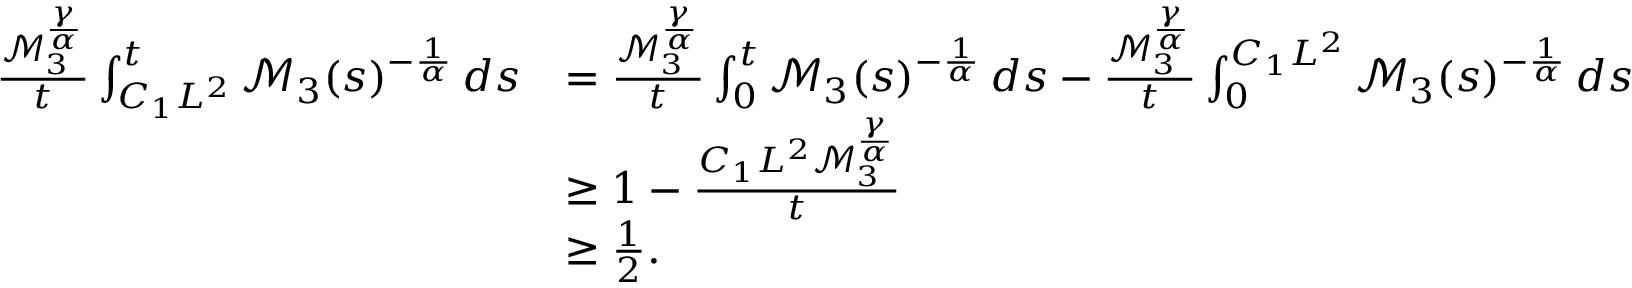
\begin{array} { r l } { \frac { \mathscr { M } _ { 3 } ^ { \frac { \gamma } { \alpha } } } { t } \int _ { C _ { 1 } L ^ { 2 } } ^ { t } \mathcal { M } _ { 3 } ( s ) ^ { - \frac { 1 } { \alpha } } \, d s } & { = \frac { \mathscr { M } _ { 3 } ^ { \frac { \gamma } { \alpha } } } { t } \int _ { 0 } ^ { t } \mathcal { M } _ { 3 } ( s ) ^ { - \frac { 1 } { \alpha } } \, d s - \frac { \mathscr { M } _ { 3 } ^ { \frac { \gamma } { \alpha } } } { t } \int _ { 0 } ^ { C _ { 1 } L ^ { 2 } } \mathcal { M } _ { 3 } ( s ) ^ { - \frac { 1 } { \alpha } } \, d s } \\ & { \geq 1 - \frac { C _ { 1 } L ^ { 2 } \mathscr { M } _ { 3 } ^ { \frac { \gamma } { \alpha } } } { t } } \\ & { \geq \frac { 1 } { 2 } . } \end{array}